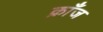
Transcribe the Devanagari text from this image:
क्राँज